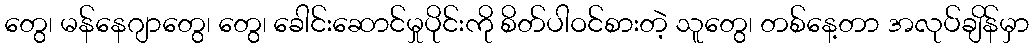
တွေ၊ မန်နေဂျာတွေ၊ တွေ၊ ခေါင်းဆောင်မှုပိုင်းကို စိတ်ပါဝင်စားတဲ့ သူတွေ၊ တစ်နေ့တာ အလုပ်ချိန်မှာ